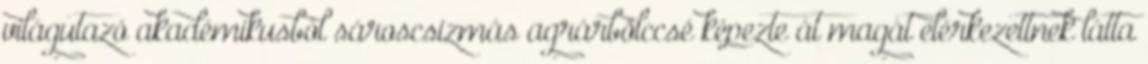
világutazó akadémikusból sároscsizmás agrárbölccsé képezte át magát elérkezettnek látta